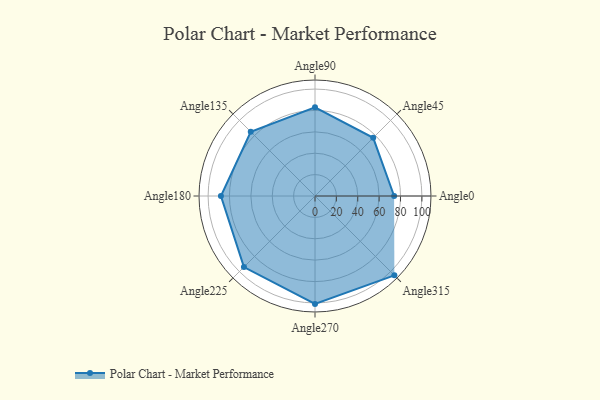
{"axis": {"x": "Angle", "y": "Radius"}, "legend": [""], "data": [{"x": "Angle0", "y": 74.0, "type": ""}, {"x": "Angle45", "y": 77.0, "type": ""}, {"x": "Angle90", "y": 83.0, "type": ""}, {"x": "Angle135", "y": 85.0, "type": ""}, {"x": "Angle180", "y": 88.0, "type": ""}, {"x": "Angle225", "y": 94.0, "type": ""}, {"x": "Angle270", "y": 101.0, "type": ""}, {"x": "Angle315", "y": 105.0, "type": ""}]}